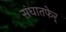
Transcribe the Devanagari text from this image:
संघातफेर्